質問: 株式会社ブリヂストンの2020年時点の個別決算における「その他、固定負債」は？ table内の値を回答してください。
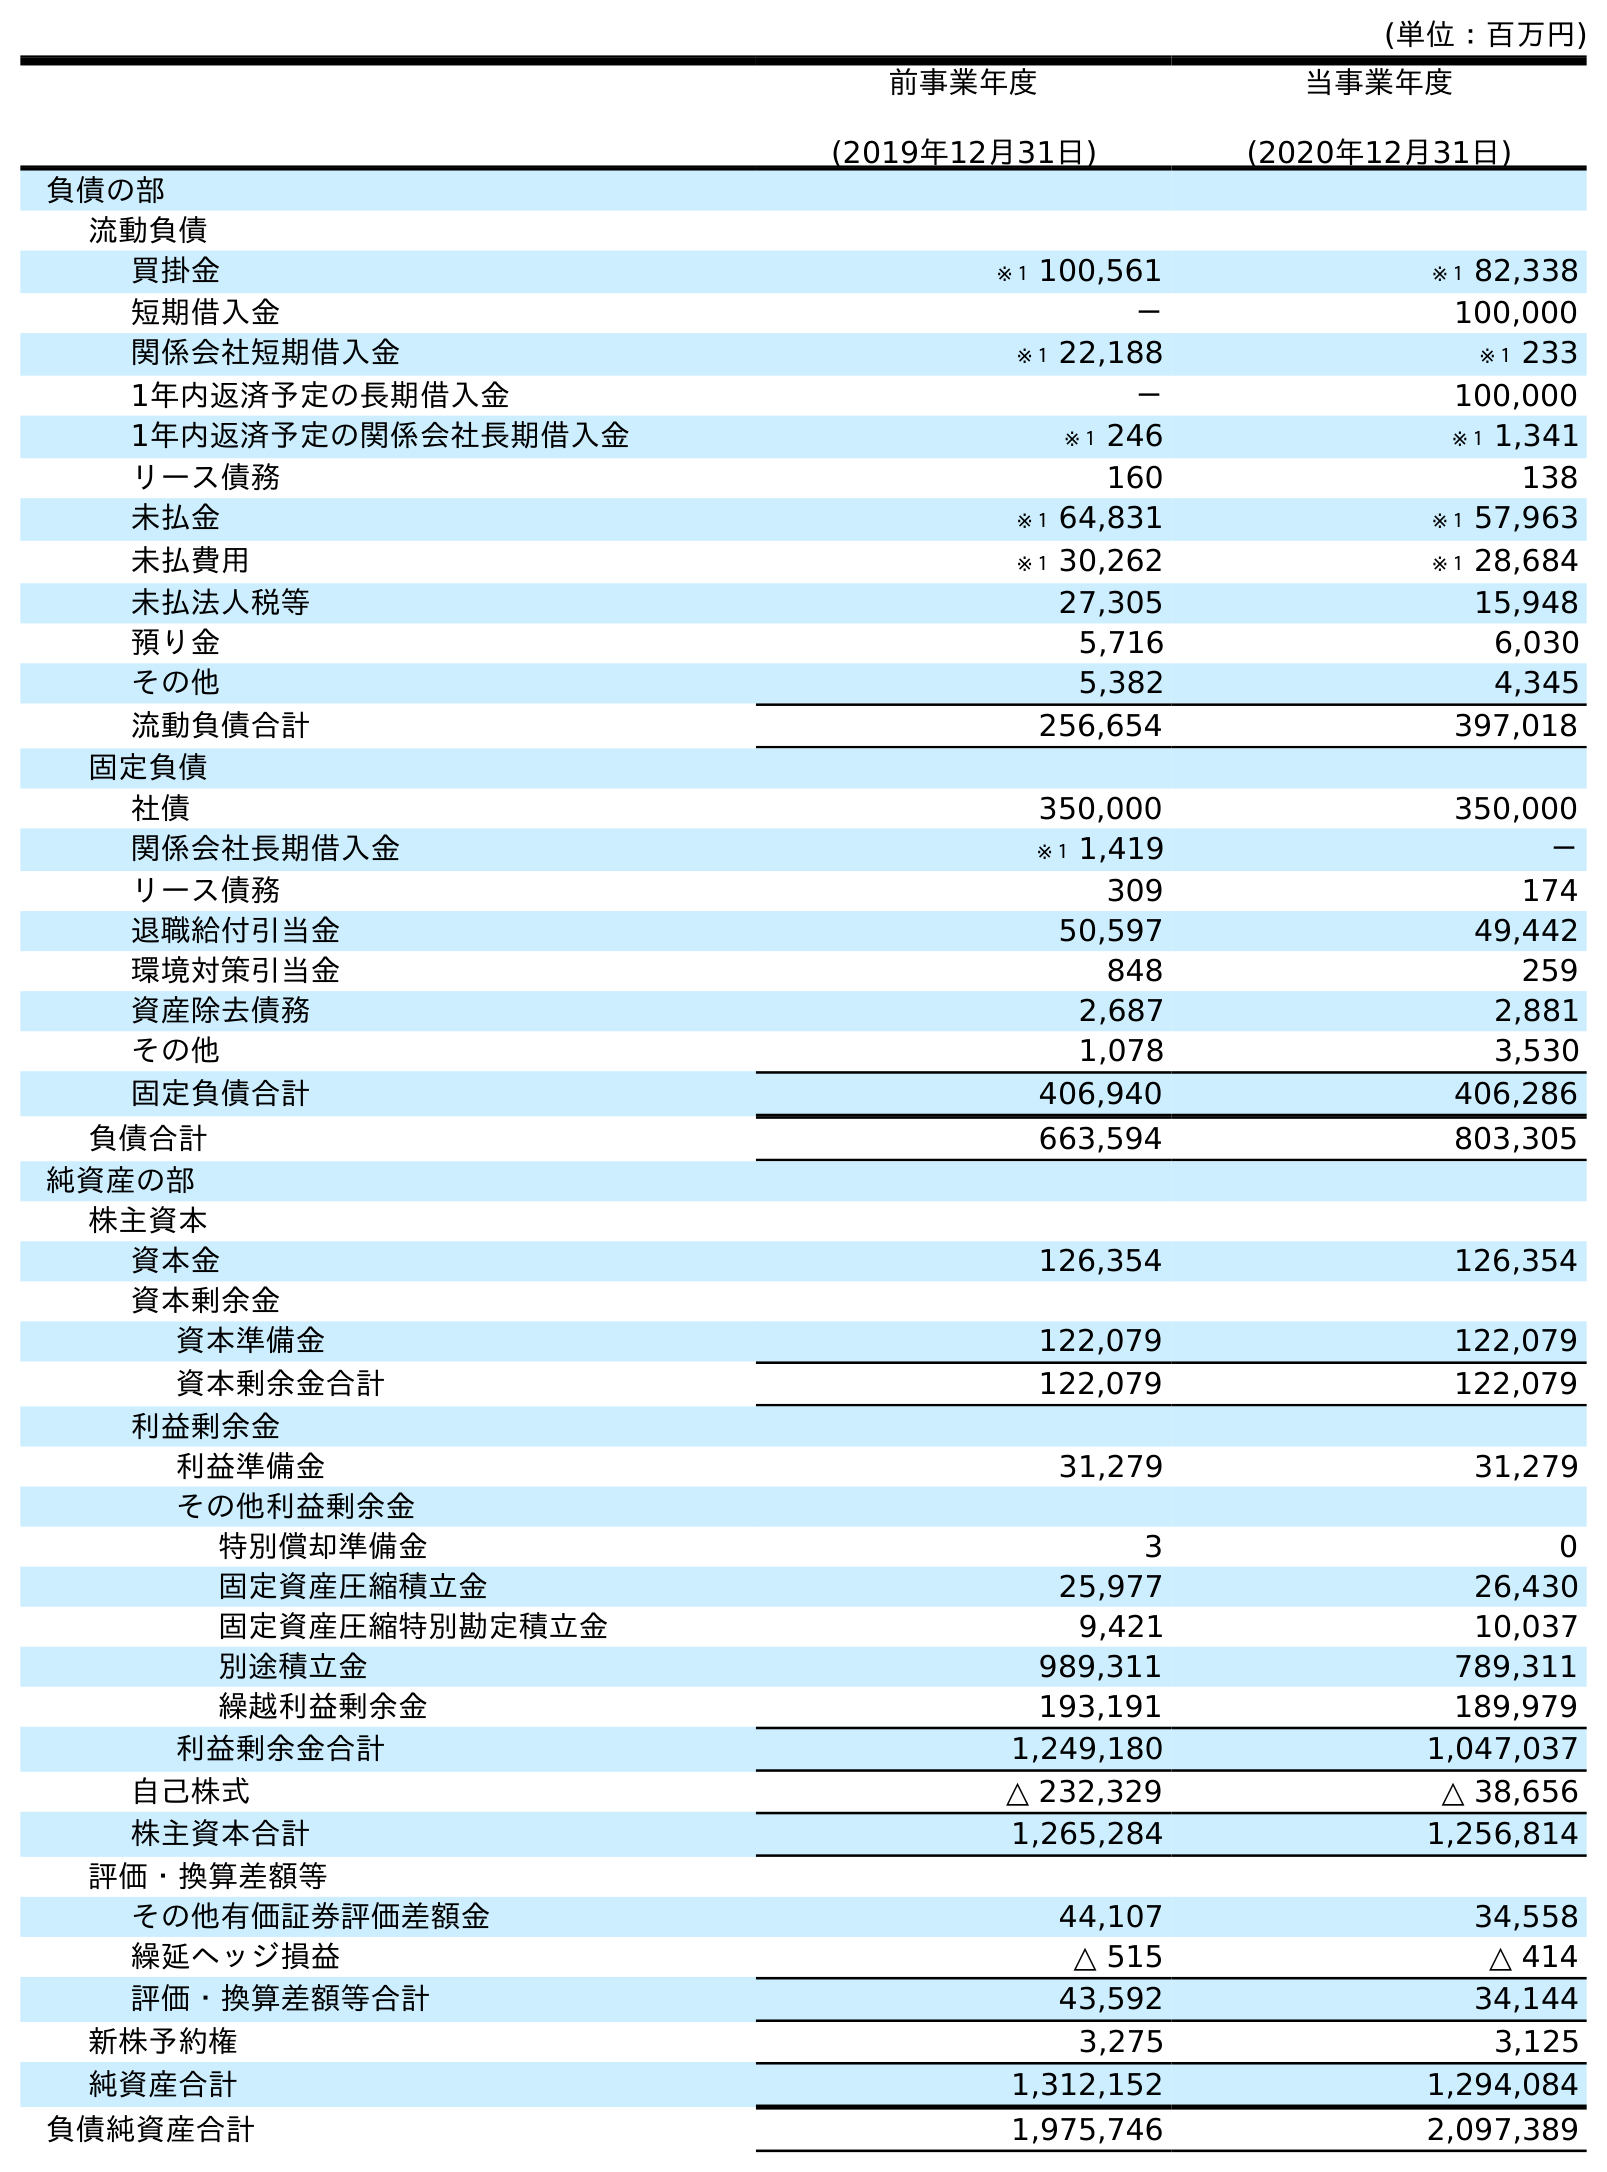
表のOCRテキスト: (単位：百万円) 前事業年度 (2019年12月31日) 当事業年度 (2020年12月31日) 負債の部 流動負債 買掛金 ※１ 100,561 ※１ 82,338 短期借入金 － 100,000 関係会社短期借入金 ※１ 22,188 ※１ 233 1年内返済予定の長期借入金 － 100,000 1年内返済予定の関係会社長期借入金 ※１ 246 ※１ 1,341 リース債務 160 138 未払金 ※１ 64,831 ※１ 57,963 未払費用 ※１ 30,262 ※１ 28,684 未払法人税等 27,305 15,948 預り金 5,716 6,030 その他 5,382 4,345 流動負債合計 256,654 397,018 固定負債 社債 350,000 350,000 関係会社長期借入金 ※１ 1,419 － リース債務 309 174 退職給付引当金 50,597 49,442 環境対策引当金 848 259 資産除去債務 2,687 2,881 その他 1,078 3,530 固定負債合計 406,940 406,286 負債合計 663,594 803,305 純資産の部 株主資本 資本金 126,354 126,354 資本剰余金 資本準備金 122,079 122,079 資本剰余金合計 122,079 122,079 利益剰余金 利益準備金 31,279 31,279 その他利益剰余金 特別償却準備金 3 0 固定資産圧縮積立金 25,977 26,430 固定資産圧縮特別勘定積立金 9,421 10,037 別途積立金 989,311 789,311 繰越利益剰余金 193,191 189,979 利益剰余金合計 1,249,180 1,047,037 自己株式 △ 232,329 △ 38,656 株主資本合計 1,265,284 1,256,814 評価・換算差額等 その他有価証券評価差額金 44,107 34,558 繰延ヘッジ損益 △ 515 △ 414 評価・換算差額等合計 43,592 34,144 新株予約権 3,275 3,125 純資産合計 1,312,152 1,294,084 負債純資産合計 1,975,746 2,097,389
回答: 3,530